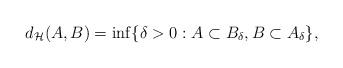
LaTeX: \begin{align*}d_{\mathcal{H}}(A,B)=\inf\{\delta>0: A\subset B_{\delta}, B\subset A_{\delta}\},\end{align*}